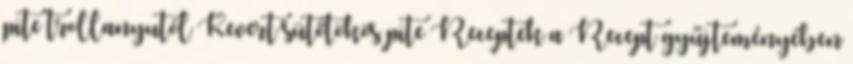
pite trollanyutól Kevert sütőtökös pite Receptek a Recept gyűjteményében